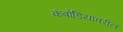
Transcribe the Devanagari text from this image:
कंबोडियावरील